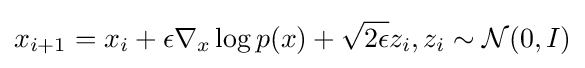
x_{i+1}=x_{i}+\epsilon \nabla _{x}\log p(x)+{\sqrt {2\epsilon }}z_{i},z_{i}\sim {\mathcal {N}}(0,I)